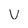
Character: v